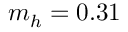
m _ { h } = 0 . 3 1